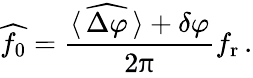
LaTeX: \widehat{f_{0}}=\frac{\langle\, \widehat{\Delta\varphi}\, \rangle+\delta\varphi}{2\uppi}f_{\mathrm{r}}\, .